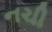
નચી